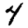
Digit: 4